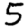
Digit: 5